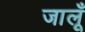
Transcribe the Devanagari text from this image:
जालूँ